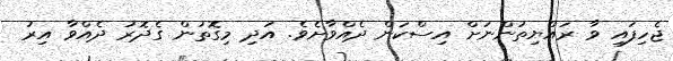
ޖެހިފައި ވާ ރައްޔިތުންނަށް އިސްކަން ދެއްވާށެވެ. އަދި މިގޮތުން ގެދޮރު ދެއްވާ އިރު